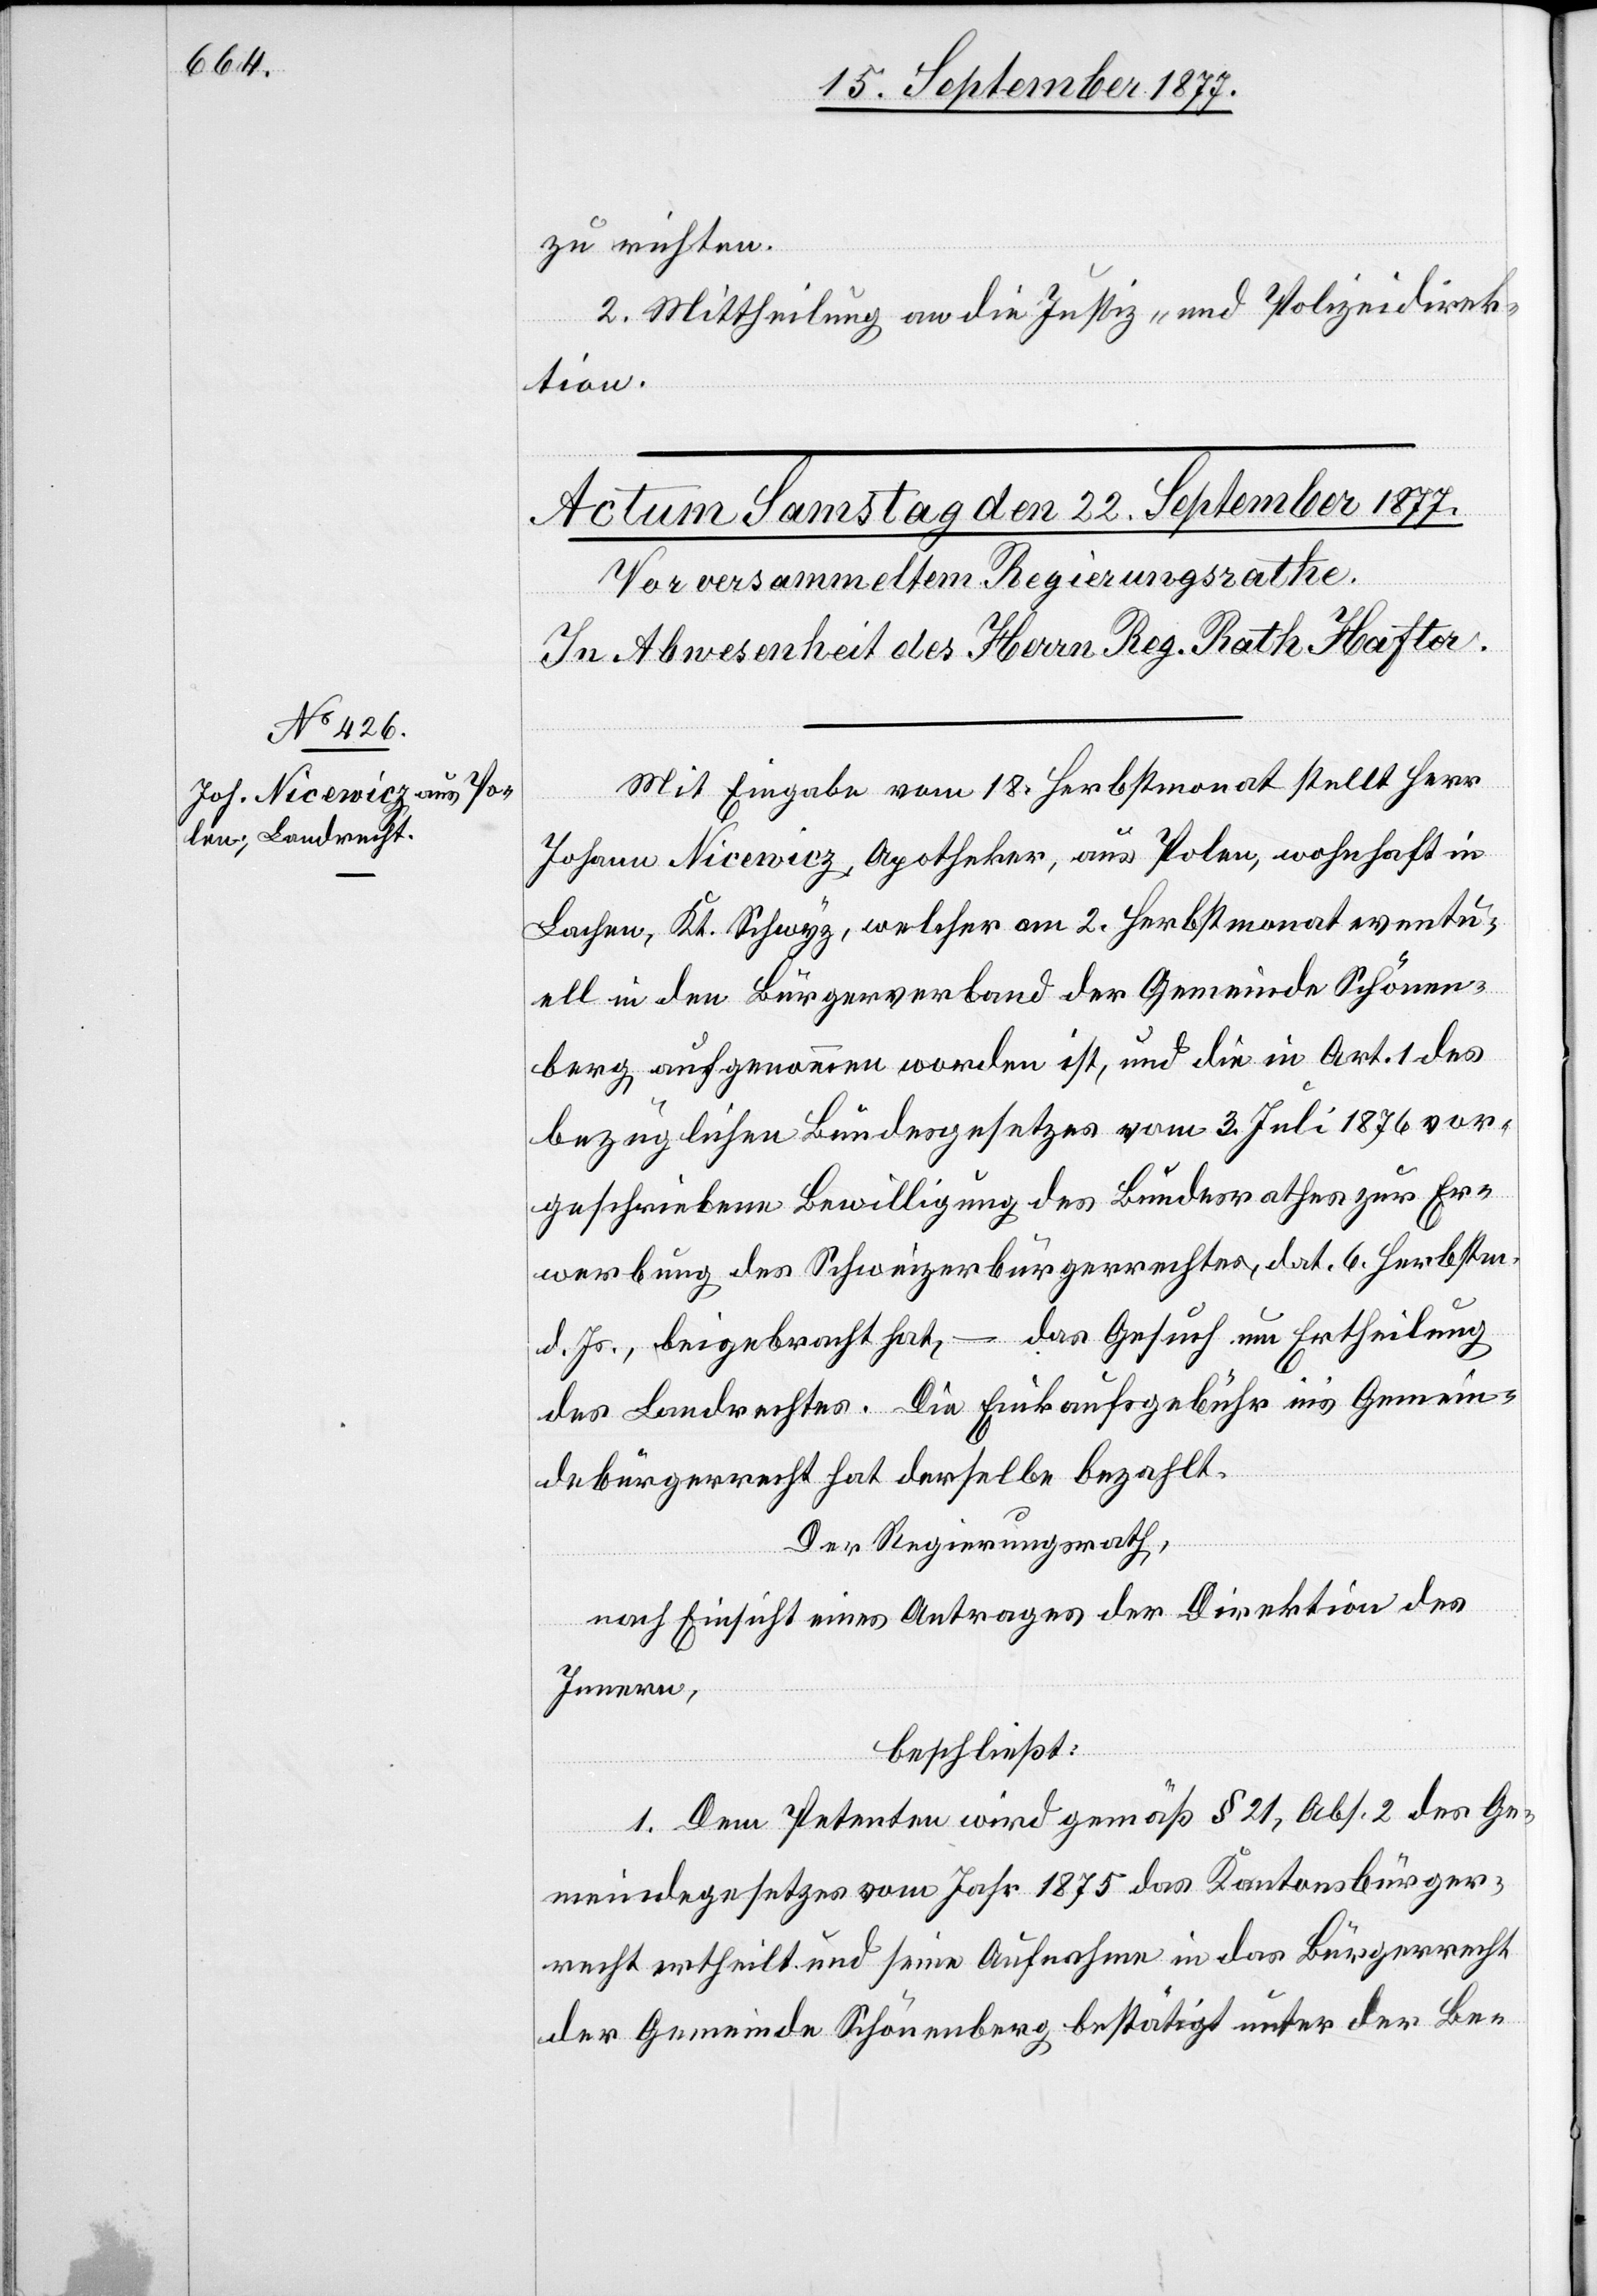
zu richten.
2. Mittheilung an die Justiz- und Polizeidirek¬
tion.
Mit Eingabe vom 18. Herbstmonat stellt Herr
Johann Nicewicz, Apotheker, aus Polen, wohnhaft in
Lachen, Kt. Schwyz, welcher am 2. Herbstmonat eventu¬
ell in den Bürgerverband der Gemeinde Schönen¬
berg aufgenommen worden ist, und die in Art. 1 des
bezüglichen Bundesgesetzes vom 3. Juli 1876 vor¬
geschriebene Bewilligung des Bundesrathes zur Er¬
werbung des Schweizerbürgerrechtes, dat. 6. Herbstm.
d. Js., beigebracht hat, – das Gesuch um Ertheilung
des Landrechtes. Die Einkaufsgebühr in’s Gemein¬
debürgerrecht hat derselbe bezahlt.
Der Regierungsrath,
nach Einsicht eines Antrages der Direktion des
Innern,
beschließt:
1. Dem Petenten wird gemäß § 21, Abs. 2 des Ge¬
meindegesetzes vom Jahr 1875 das Kantonsbürger¬
recht ertheilt und seine Aufnahme in das Bürgerrecht
der Gemeinde Schönenberg bestätigt unter der Be-